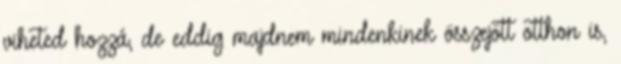
viheted hozzá, de eddig majdnem mindenkinek összejött otthon is,